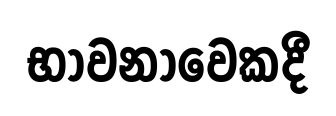
භාවනාවෙකදී